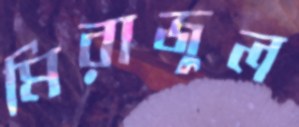
মিরাজুল